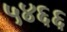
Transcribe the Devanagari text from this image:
५४६६